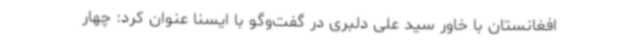
افغانستان با خاور سید علی دلبری در گفت‌وگو با ایسنا عنوان کرد: چهار